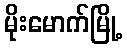
မိုးမောက်မြို့